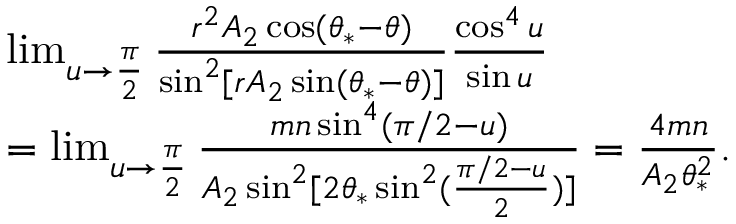
\begin{array} { r l } & { \operatorname* { l i m } _ { u \to \frac { \pi } { 2 } } \frac { r ^ { 2 } A _ { 2 } \cos ( \theta _ { * } - \theta ) } { \sin ^ { 2 } [ r A _ { 2 } \sin ( \theta _ { * } - \theta ) ] } \frac { \cos ^ { 4 } u } { \sin u } } \\ & { = \operatorname* { l i m } _ { u \to \frac { \pi } { 2 } } \frac { m n \sin ^ { 4 } ( \pi / 2 - u ) } { A _ { 2 } \sin ^ { 2 } [ 2 \theta _ { * } \sin ^ { 2 } ( \frac { \pi / 2 - u } { 2 } ) ] } = \frac { 4 m n } { A _ { 2 } \theta _ { * } ^ { 2 } } . } \end{array}